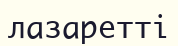
лазаретті